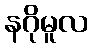
နဂိုမူလ